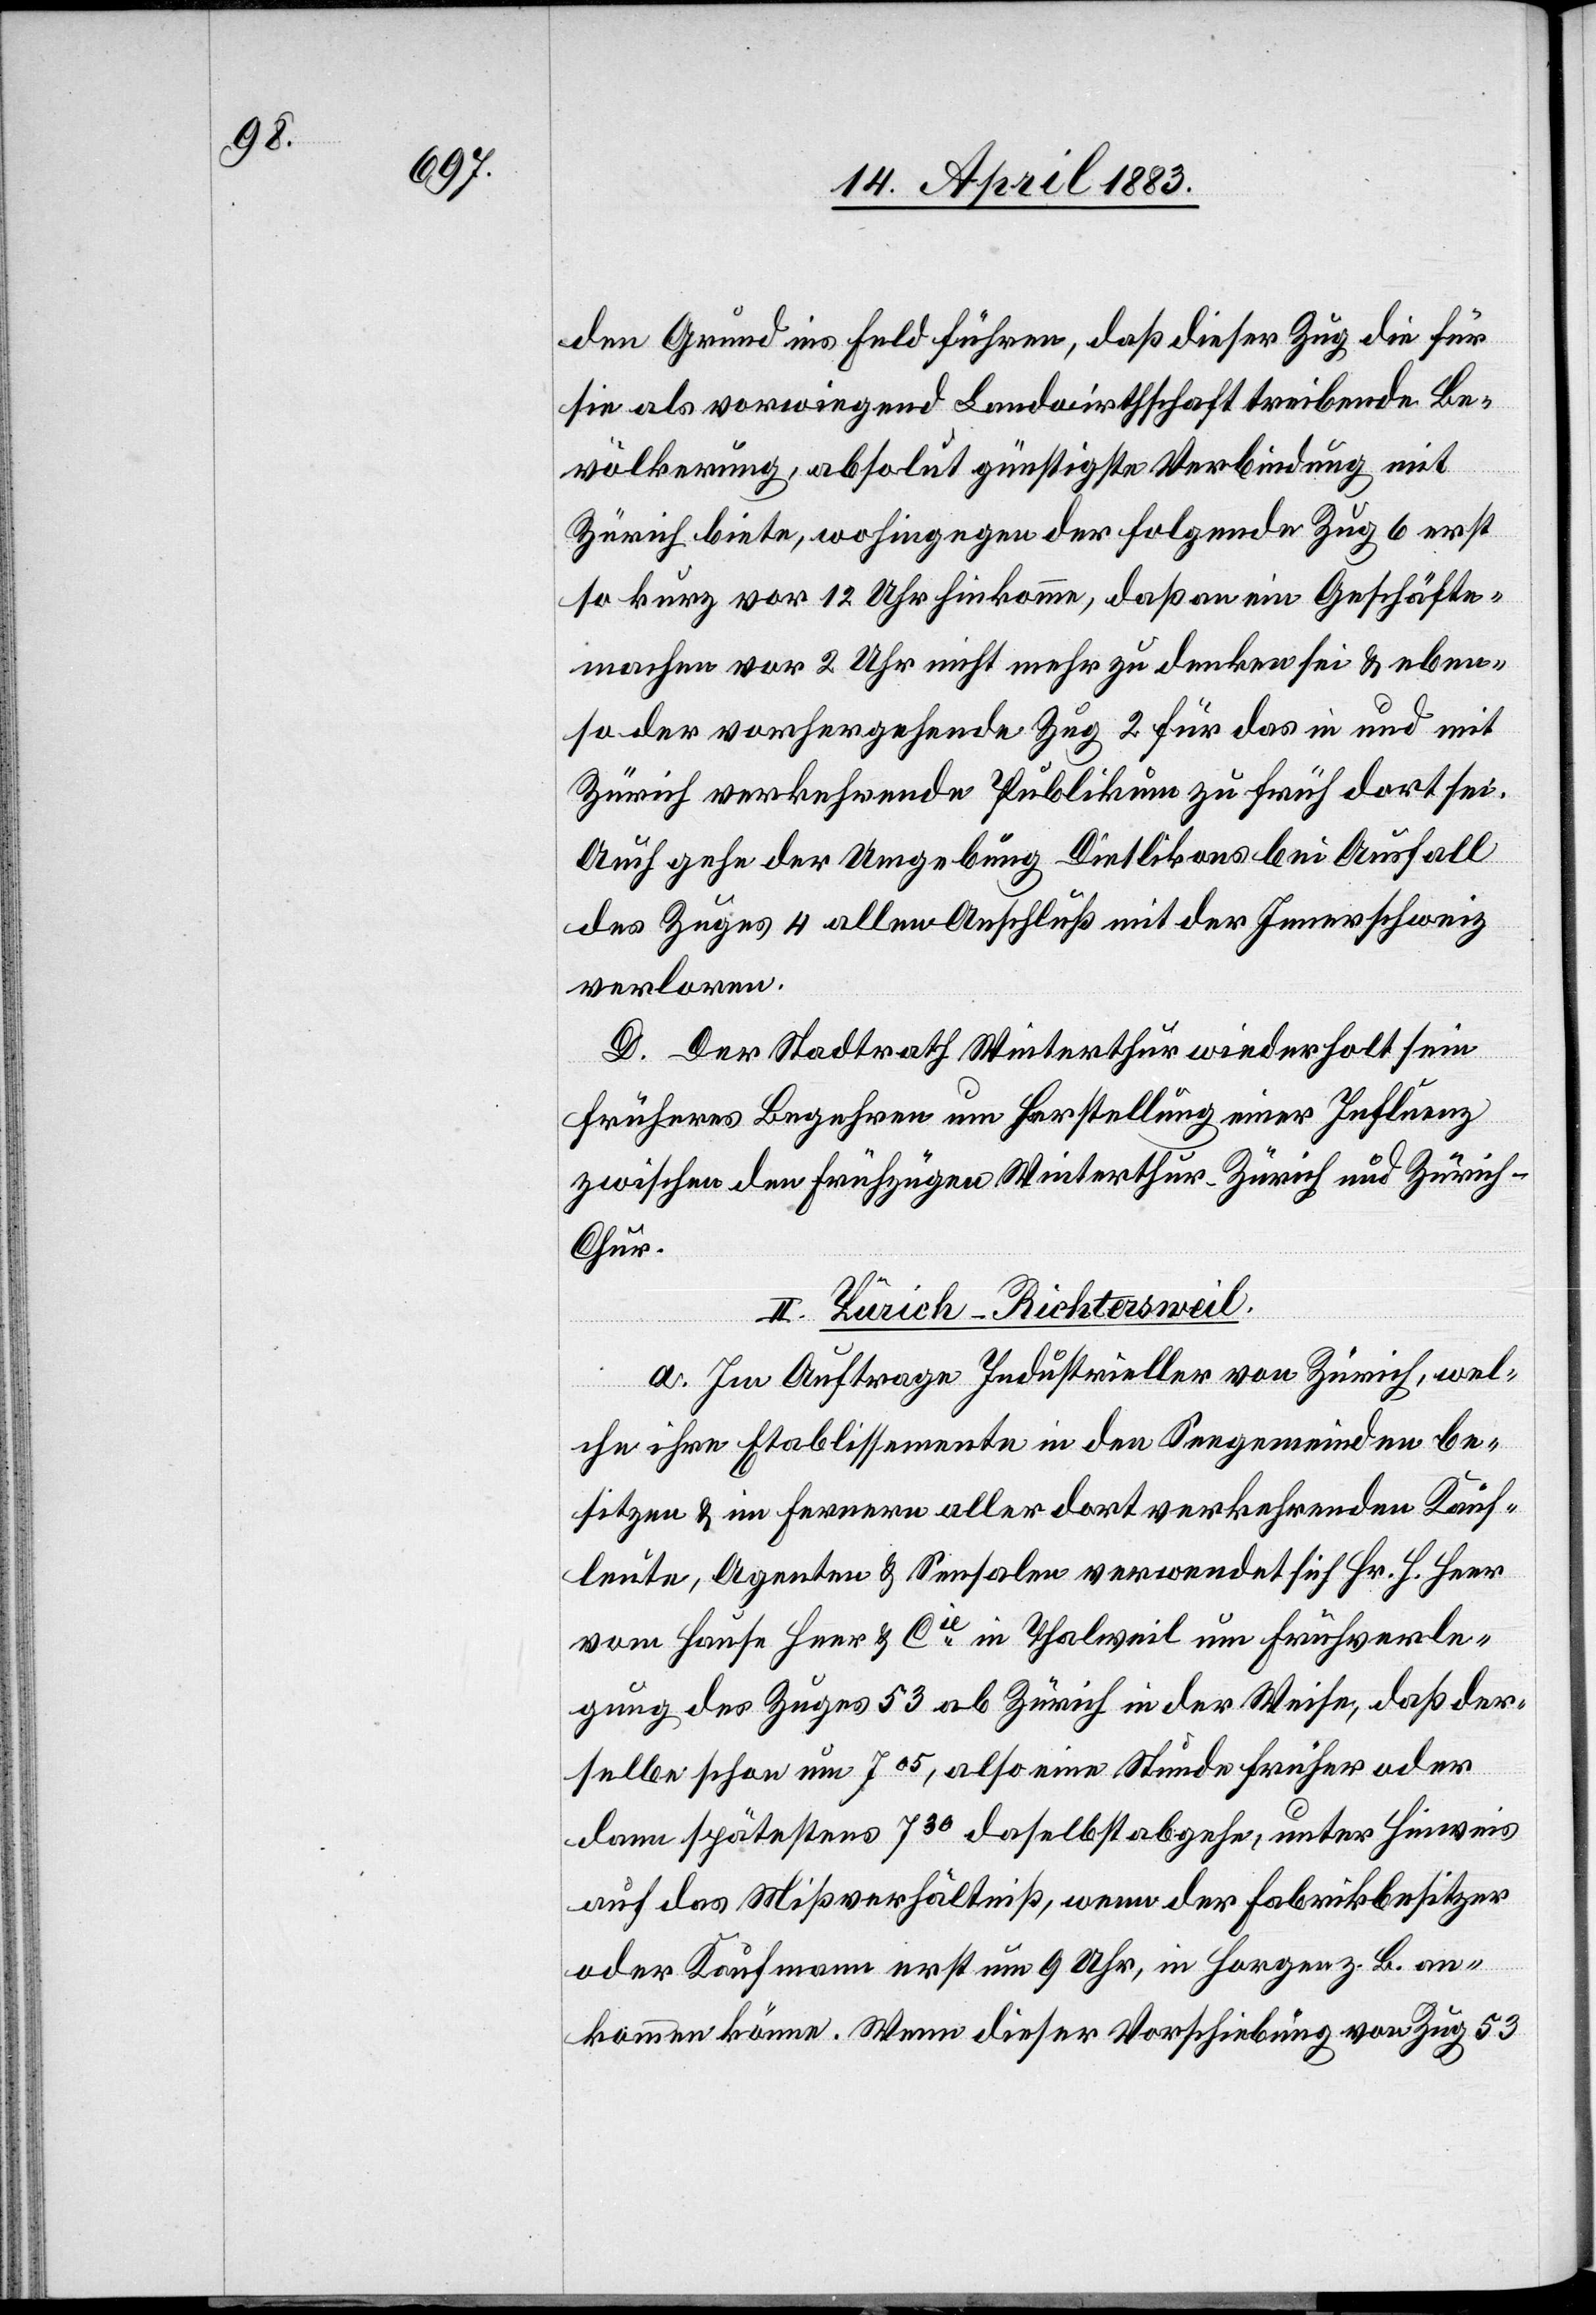
den Grund ins Feld führen, daß dieser Zug die für
sie als vorwiegend Landwirthschaft treibende Be¬
völkerung, absolut günstigste Verbindung mit
Zürich biete, wohingegen der folgende Zug 6 erst
so kurz vor 12 Uhr hinkomme, daß an ein Geschäfte¬
machen vor 2 Uhr nicht mehr zu denken sei & eben¬
so der vorhergehende Zug 2 für das in und mit
Zürich verkehrende Publikum zu früh dort sei.
Auch gehe der Umgebung Dietlikons bei Ausfall
des Zuges 4 allen Anschluß mit der Innerschweiz
verloren.
D. Der Stadtrath Winterthur wiederholt sein
früheres Begehren um Herstellung einer Influenz
zwischen den Frühzügen Winterthur–Zürich und Zürich–C¬
hur.
II. Zürich–Richtersweil.
a. Im Auftrage Industrieller von Zürich, wel¬
che ihre Etablissemente in den Seegemeinden be¬
sitzen & im Ferneren aller dort vorkehrenden Kauf¬
leute, Agenten & Sensalen verwendet sich Hr. H. Heer
vom Hause Heer & Cie in Thaweil um Frühverle¬
gung des Zuges 53 ab Zürich in der Weise, daß der¬
selbe schon um 705, also eine Stunde früher oder
dann spätestens 730 daselbst abgehe, unter Hinweis
auf das Mißverhältniß, wenn der Fabrikbesitzer
oder Kaufmann erst um 9 Uhr in Horgen z. B. an¬
kommen könne. Wenn dieser Vorschiebung von Zug 53